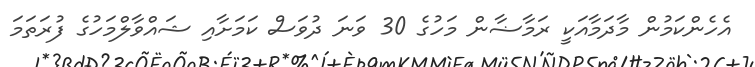
އެހެންކަމުން މާދަމާއަކީ ރަމާޟާން މަހުގެ 30 ވަނަ ދުވަސް ކަމަށާއި ޝައްވާލްމަހުގެ ފުރަތަމަ